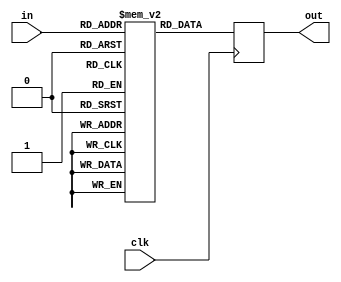
module location_memory(in,out,clk);
input[5:0] in;
input clk;
output reg[7:0] out;
reg[7:0] mem[0:63];
always @(posedge clk) begin
    if(in==8'hFF)out<={8{1'b1}};
    else begin
      out<=mem[in];
    end
end
endmodule
module location_memory_counter(out,clr,clk,com);
input clk,clr;
output reg com;
output[5:0] out;
reg[5:0] counter;
assign out=counter;
always @(posedge clk) begin
    if(clr)counter<=6'b000000;
    else if(counter==6'b101100)begin counter<=6'b000000;com<=1'b1; end
    else begin counter<=counter+1;com<=1'b0; end
end
endmodule
module location_to_index(base_address,location_memory_out,memory_in);
parameter  N=32;
parameter M=256;
parameter width = 8;
parameter row = 5;
input[width-1:0] base_address;
input[width-1:0] location_memory_out;
output reg[width-1:0] memory_in;
always @(*) begin
    if(location_memory_out==8'b11111111)memory_in<=8'b11111111;
    else begin
      memory_in<={4'b0000,location_memory_out[7:4]}*row+{4'b0000,location_memory_out[3:0]};
    end
end
endmodule
module memory(in,out,clk);
parameter width =8;
parameter N = 32;
input clk;
input[width-1:0] in;
output reg[N-1:0] out;
reg[N-1:0] mem[0:256];
always @(posedge clk) begin
    if(in==8'b11111111)out<=8'b00000000;
    else out<=mem[in];
end
endmodule
module de_mux(sel,in,out0,out1,out2,out3,out4);
parameter N =32;
input[2:0] sel;
input[N-1:0] in;
output reg[N-1:0] out0,out1,out2,out3,out4;
always @(*) begin
    case(sel)
    3'b000:out0<=in;
    3'b001:out1<=in;
    3'b010:out2<=in;
    3'b011:out3<=in;
    3'b100:out4<=in;
    default:begin out0<={8{1'b0}};out1<={8{1'b0}};out2<={8{1'b0}};out3<={8{1'b0}};out4<={8{1'b0}}; end
    endcase
end
endmodule
module de_mux_counter(out,clr,clk);
input clk,clr;
output[2:0] out;
reg[2:0] counter;
assign out=counter;
always @(posedge clk) begin
    if(clr)counter<=6'b000;
    else if(counter==6'b100)counter<=6'b000;
    else counter<=counter+1;
end
endmodule
module computational_block(LM_clr,de_mux_clr,com,base_address,clk,out0,out1,out2,out3,out4);
input LM_clr,de_mux_clr,clk;
output com;
input[7:0] base_address;
output[31:0] out0,out1,out2,out3,out4;
wire[5:0] LM_counter_out;
wire[7:0] LM_data;
wire[7:0] mem_address;
wire[31:0] mem_data;
wire[2:0] dmux_sel;
location_memory_counter LMC(LM_counter_out,LM_clr,clk,com);
location_memory LM(LM_counter_out,LM_data,clk);
location_to_index LtoI(base_address,LM_data,mem_address);
memory MEM(mem_address,mem_data,clk);
de_mux_counter DMC(dmux_sel,de_mux_clr,clk);
de_mux DM(dmux_sel,mem_data,out0,out1,out2,out3,out4);
endmodule
module controller(init,com,base_address_in,LM_clr,de_mux_clr,base_address,clk);
input init,com,clk;
input[7:0] base_address_in;
output reg LM_clr,de_mux_clr;
output reg[7:0] base_address;
reg[1:0] state;
parameter  S0=2'b00,S1=2'b01,S2=2'b10,S3=2'b11;
always @(posedge clk) begin
    case(state)
    S0:state<=init?S1:S0;
    S1:state<=S2;
    S2:state<=S3;
    S3:state<=com?S0:S3;
    endcase
end
always @(state) begin
    case(state)
    S0:begin LM_clr<=1'b1;de_mux_clr<=1'b1;base_address<=base_address_in; end
    S1:begin LM_clr<=1'b0;de_mux_clr<=1'b1; end
    S2:begin LM_clr<=1'b0;de_mux_clr<=1'b1; end
    S3:begin LM_clr<=1'b0;de_mux_clr<=1'b0; end
    endcase
end
endmodule
module input_of_FIFO(init,com,base_address,clk,out0,out1,out2,out3,out4);
input init,clk;
output com;
input[7:0] base_address;
output[31:0] out0,out1,out2,out3,out4;
wire LM_clr,de_mux_clr;
wire[7:0] base_address_ctrl;
wire complete;
assign com=complete;
computational_block CB(LM_clr,de_mux_clr,complete,base_address_ctrl,clk,out0,out1,out2,out3,out4);
controller CN(init,complete,base_address,LM_clr,de_mux_clr,base_address_ctrl,clk);
endmodule